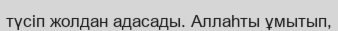
түсіп жолдан адасады. Аллаһты ұмытып,